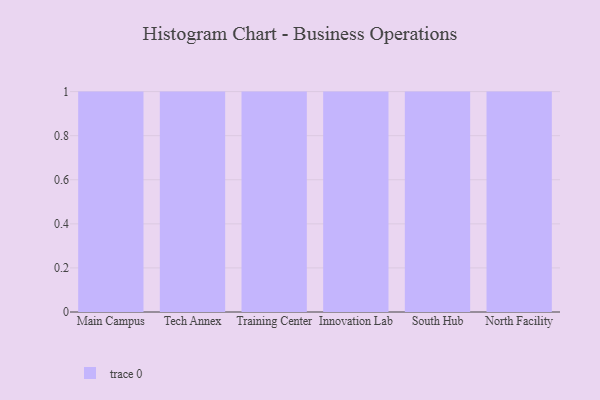
{"axis": {"x": "Campus", "y": "Humidity (%)"}, "legend": [""], "data": [{"x": "Main Campus", "y": 98, "type": ""}, {"x": "Tech Annex", "y": 85, "type": ""}, {"x": "Training Center", "y": 70, "type": ""}, {"x": "Innovation Lab", "y": 43, "type": ""}, {"x": "South Hub", "y": 76, "type": ""}, {"x": "North Facility", "y": 42, "type": ""}]}